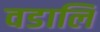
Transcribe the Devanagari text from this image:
वडालि